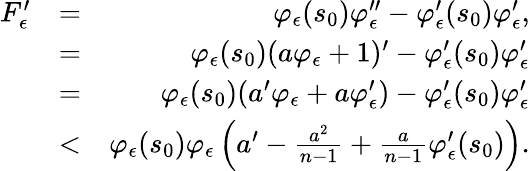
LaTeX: \begin{array}{rlr}{F_{\epsilon}^{\prime}}&{=}&{\varphi_{\epsilon}(s_{0})\varphi_{\epsilon}^{\prime\prime}-\varphi_{\epsilon}^{\prime}(s_{0})\varphi_{\epsilon}^{\prime},}\\ &{=}&{\varphi_{\epsilon}(s_{0})(a\varphi_{\epsilon}+1)^{\prime}-\varphi_{\epsilon}^{\prime}(s_{0})\varphi_{\epsilon}^{\prime}}\\ &{=}&{\varphi_{\epsilon}(s_{0})(a^{\prime}\varphi_{\epsilon}+a\varphi_{\epsilon}^{\prime})-\varphi_{\epsilon}^{\prime}(s_{0})\varphi_{\epsilon}^{\prime}}\\ &{<}&{\varphi_{\epsilon}(s_{0})\varphi_{\epsilon}\left(a^{\prime}-\frac{a^{2}}{n-1}+\frac{a}{n-1}\varphi_{\epsilon}^{\prime}(s_{0})\right).}\end{array}